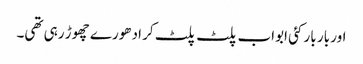
اور بار بار کئی ابواب پلٹ پلٹ کر ادھورے چھوڑ رہی تھی۔